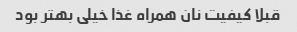
قبلا کیفیت نان همراه غذا خیلى بهتر بود